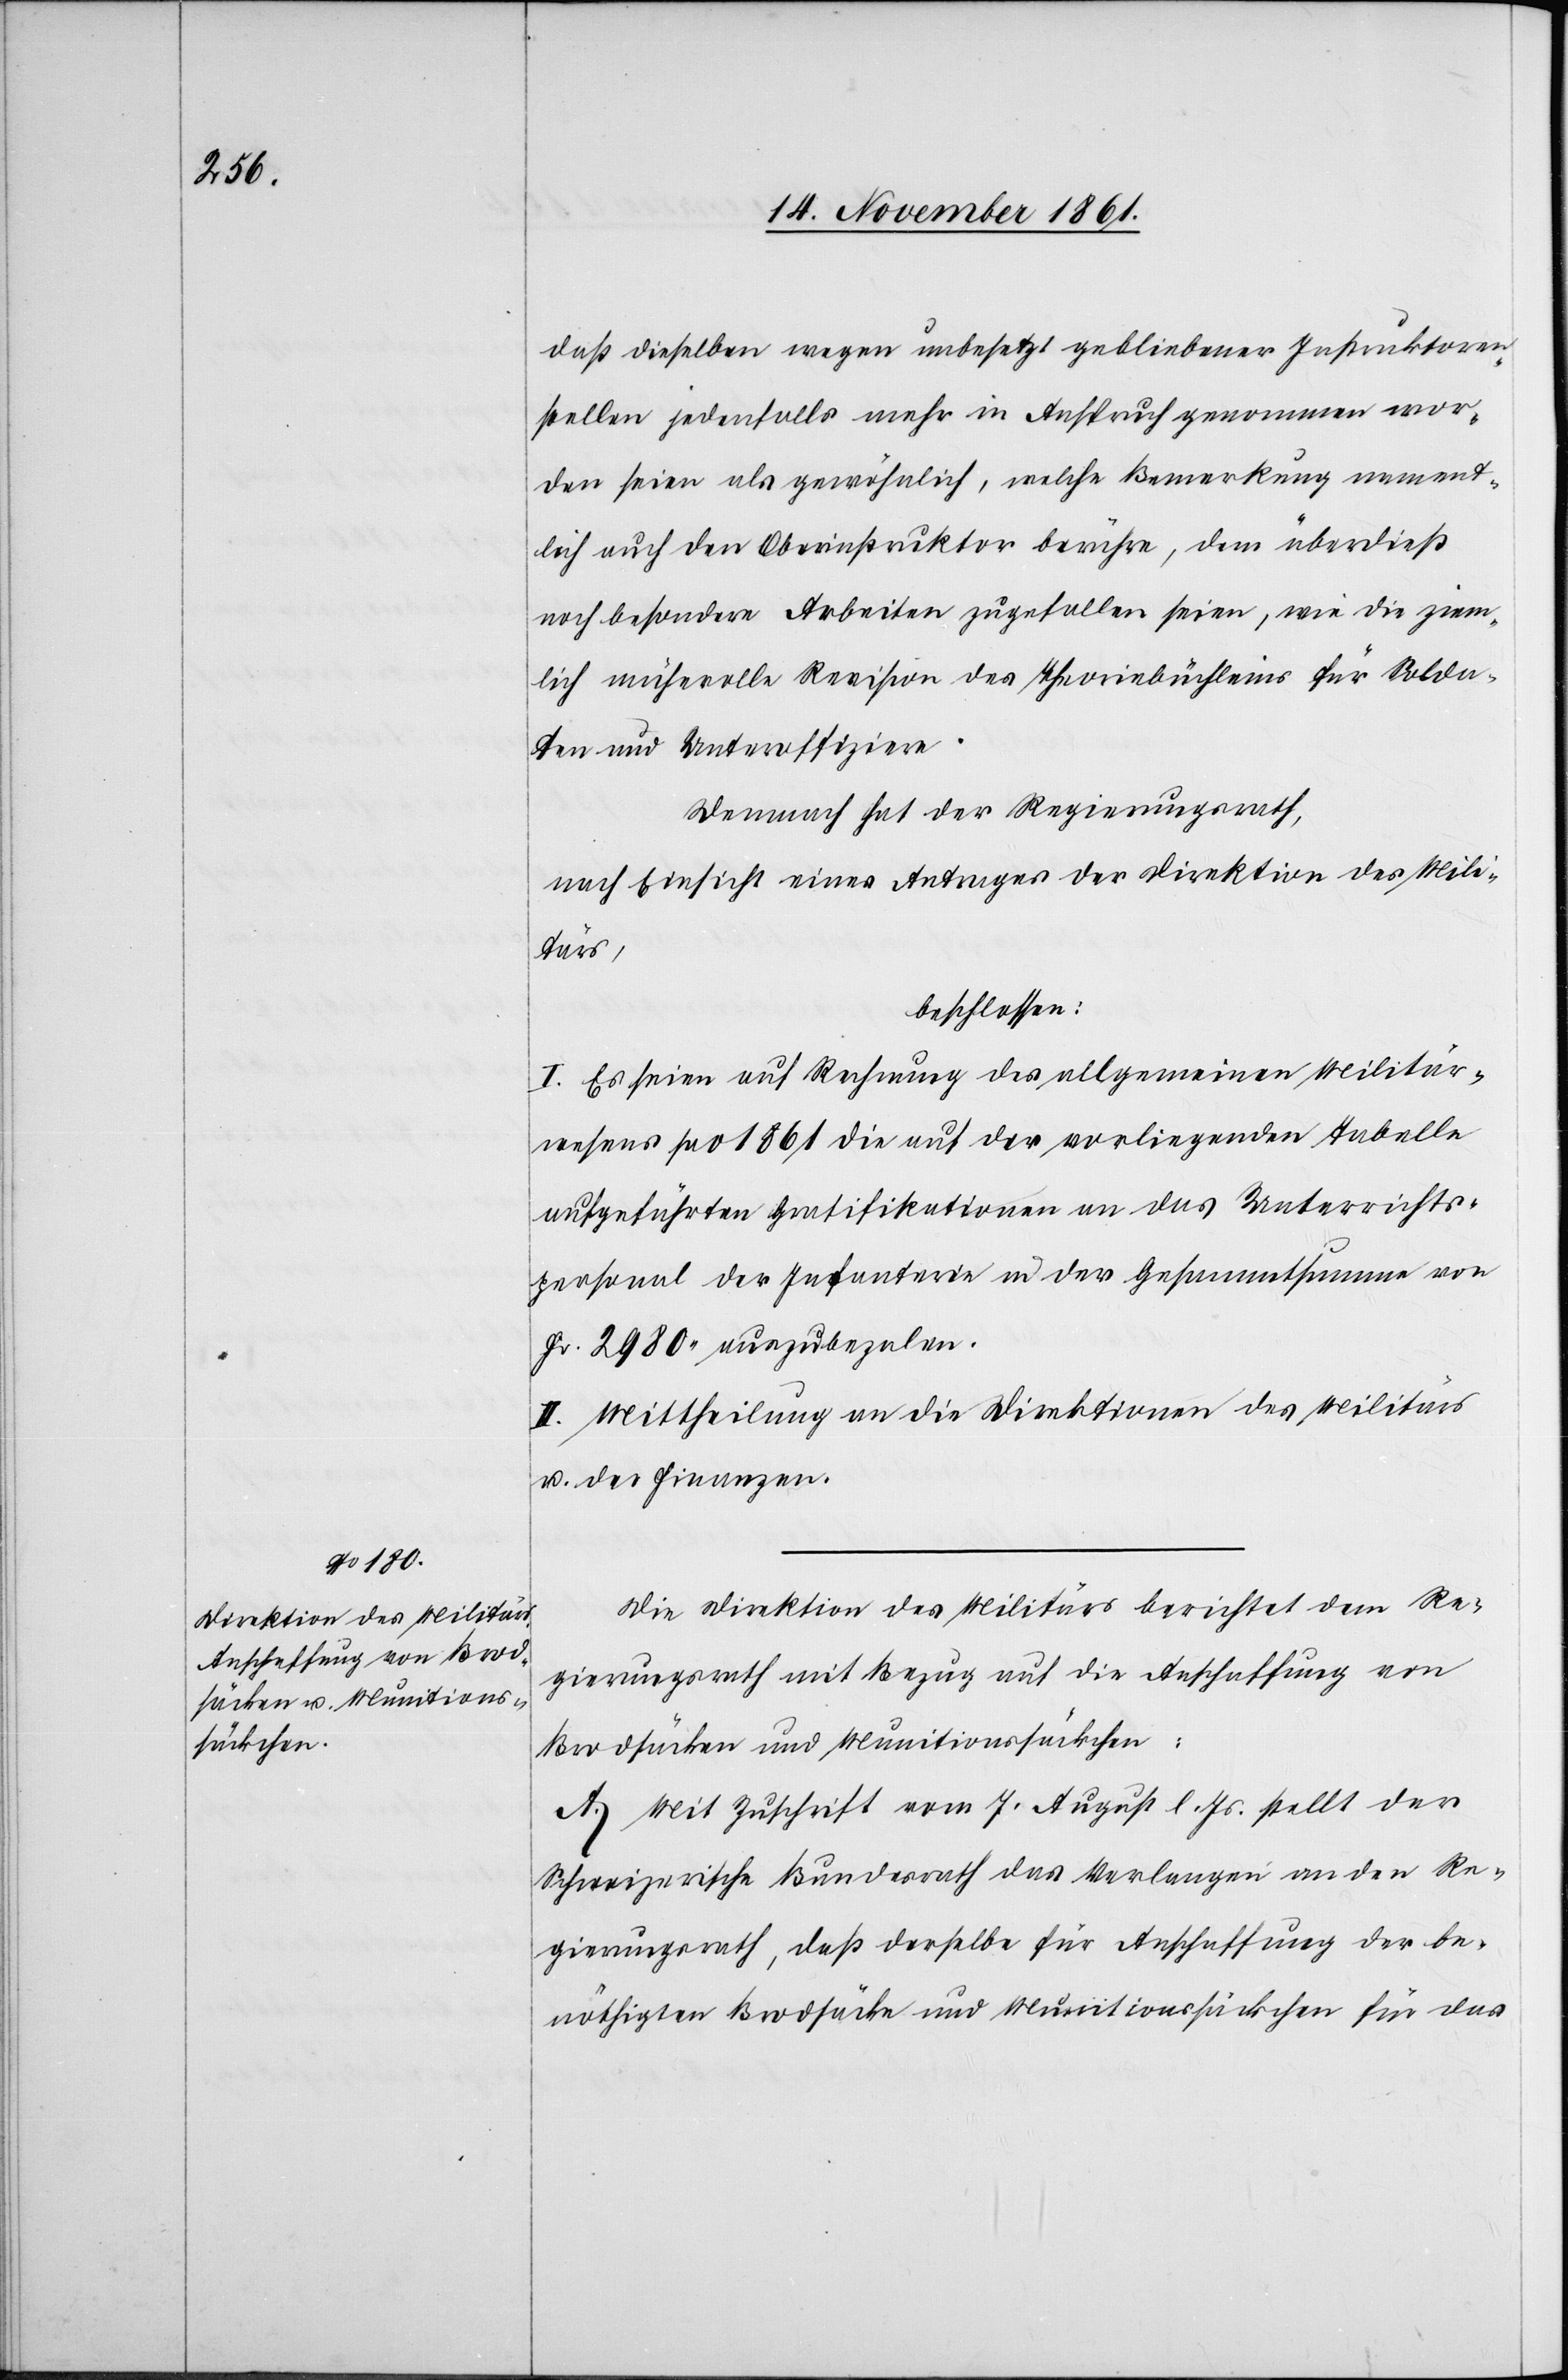
daß dieselben wegen unbesetzt gebliebener Instruktoren¬
stellen jedenfalls mehr in Anspruch genommen wor¬
den seien als gewöhnlich, welche Bemerkung nament¬
lich auch den Oberinstruktor berühre, dem überdieß
noch besondere Arbeiten zugefallen seien, wie die ziem¬
lich mühevolle Revision des Theoriebüchleins für Solda¬
ten und Unteroffiziere.
Demnach hat der Regierungsrath,
nach Einsicht eines Antrages der Direktion des Mili¬
tärs,
beschlossen:
I. Es seien auf Rechnung des allgemeinen Militär¬
wesens pro 1861 die auf der vorliegenden Tabelle
aufgeführten Gratifikationen an das Unterrichts¬
personal der Infanterie an der Gesammtsumme von
Fr. 2980 auszubezalen.
II. Mittheilung an die Direktion des Militärs
u. der Finanzen.
Die Direktion des Militärs berichtet dem Re¬
gierungsrath mit Bezug auf die Anschaffung von
Brodstücken und Munitionssäckchen:
A. Mit Zuschrift vom 7 August l. Js. stellt der
Schweizerische Bundesrath das Verlangen an den Re¬
gierungsrath, daß derselbe für Anschaffung der be¬
nöthigten Brodstücke und Munitionssäckchen für das